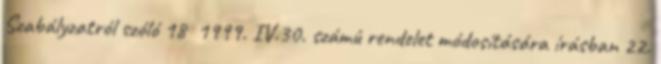
Szabályzatról szóló 18 1999. IV.30. számú rendelet módosítására írásban 22.